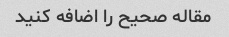
مقاله صحیح را اضافه کنید